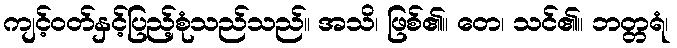
ကျင့်ဝတ်နှင့်ပြည့်စုံသည်သည်။ အသိ၊ ဖြစ်၏။ တေ၊ သင်၏။ ဘတ္တရံ၊